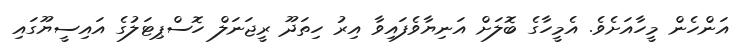
އަންހެން މީހާއަށެވެ. އެމީހާގެ ބޮލަށް އަނިޔާވެފައިވާ އިރު ހިތަދޫ ރީޖަނަލް ހޮސްޕިޓަލުގެ އައިސީޔޫގައި